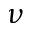
\nu